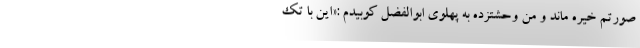
صورتم خیره ماند و من وحشتزده به پهلوی ابوالفضل کوبیدم :«این با تک